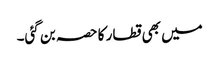
میں بھی قطار کا حصہ بن گئی۔